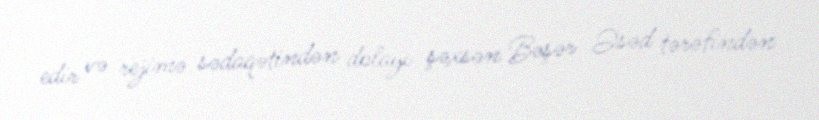
edir və rejimə sədaqətindən dolayı şəxsən Bəşər Əsəd tərəfindən